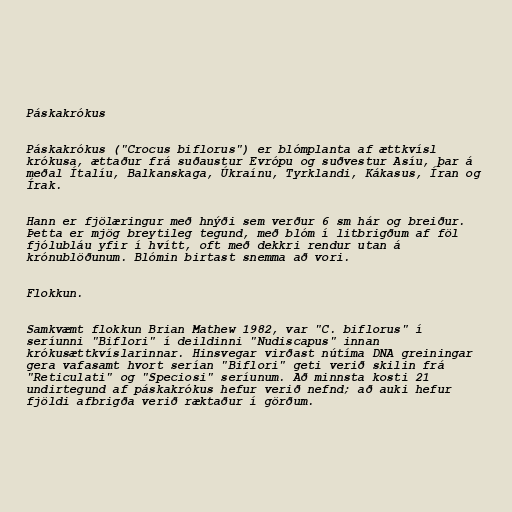
Páskakrókus

Páskakrókus ("Crocus biflorus") er blómplanta af ættkvísl
krókusa, ættaður frá suðaustur Evrópu og suðvestur Asíu, þar á
meðal Ítalíu, Balkanskaga, Úkraínu, Tyrklandi, Kákasus, Íran og
Írak.

Hann er fjölæringur með hnýði sem verður 6 sm hár og breiður.
Þetta er mjög breytileg tegund, með blóm í litbrigðum af föl
fjólubláu yfir í hvítt, oft með dekkri rendur utan á
krónublöðunum. Blómin birtast snemma að vori.

Flokkun.

Samkvæmt flokkun Brian Mathew 1982, var "C. biflorus" í
seríunni "Biflori" í deildinni "Nudiscapus" innan
krókusættkvíslarinnar. Hinsvegar virðast nútíma DNA greiningar
gera vafasamt hvort serían "Biflori" geti verið skilin frá
"Reticulati" og "Speciosi" seríunum. Að minnsta kosti 21
undirtegund af páskakrókus hefur verið nefnd; að auki hefur
fjöldi afbrigða verið ræktaður í görðum.